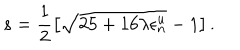
LaTeX: s = \frac { 1 } { 2 } \left[ \sqrt { 2 5 + 1 6 \lambda \epsilon _ { n } ^ { u } } - 1 \right] .